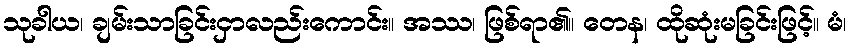
သုခါယ၊ ချမ်းသာခြင်းငှာလည်းကောင်း။ အဿ၊ ဖြစ်ရာ၏။ တေန၊ ထိုဆုံးမခြင်းဖြင့်။ မံ၊